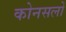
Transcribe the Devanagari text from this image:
कोनसलों